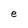
Character: e